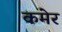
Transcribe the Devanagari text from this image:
कमेर